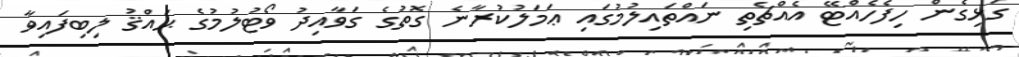
ގުޅިގެން ހިފެހެއްޓޭ އެއްޗެތި ނައްތައިލުމުގައި ޢަމަލުކުރާނެ ގޮތުގެ ގަވާއިދު ވޯޓުލުމުގެ ޙައްޤު ލިބިފައިވާ